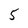
Character: 5